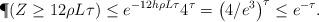
LaTeX: \begin{align*}\P(Z \ge 12 \rho L_{}\tau) &\le e^{-12 h\rho L_{}\tau} 4^{\tau} = \big(4/e^{3}\big)^{\tau}\leq e^{-\tau}.\end{align*}